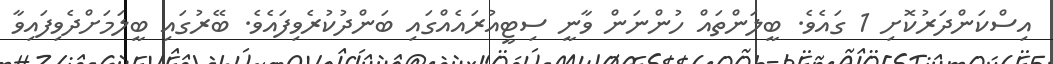
އިސްކަންދަރުކޮށި 1 ގައެވެ. ބީލަންތައް ހުންނަަން ވާނީ ސިޓީއުރައެއްގައި ބަންދުކުރެވިފައެވެ. ބޭރުގައި ބީލަމަށްދެވިފައިވާ